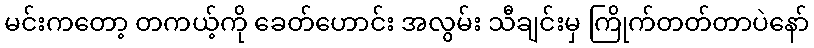
မင်းကတော့ တကယ့်ကို ခေတ်ဟောင်း အလွမ်း သီချင်းမှ ကြိုက်တတ်တာပဲနော်